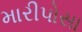
મારીપોસા